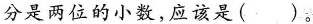
分是两位的小数，应该是（ ）。